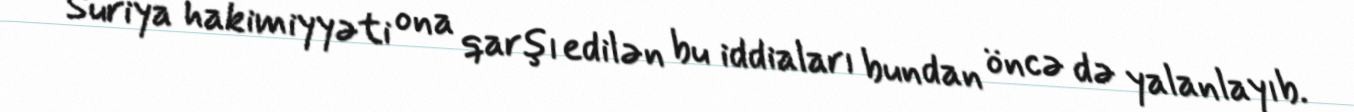
Suriya hakimiyyəti ona qarşı edilən bu iddiaları bundan öncə də yalanlayıb.